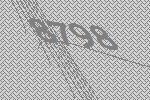
8798